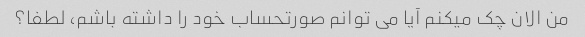
من الان چک میکنم آیا می توانم صورتحساب خود را داشته باشم، لطفا؟